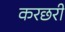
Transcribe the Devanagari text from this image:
करछरी